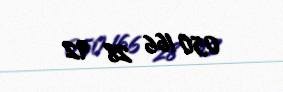
050 166 28 92